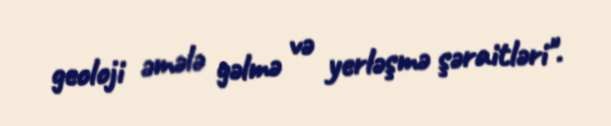
geoloji əmələ gəlmə və yerləşmə şəraitləri".